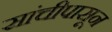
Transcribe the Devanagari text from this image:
सांचीपासून